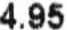
4.95